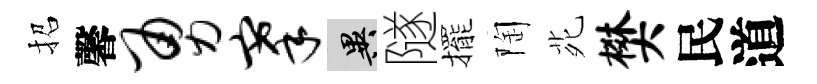
招馨勇搴异隧擺陶𫟍樊民道